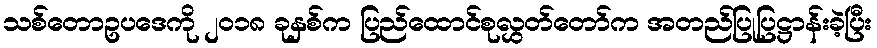
သစ်တောဥပဒေကို ၂၀၁၈ ခုနှစ်က ပြည်ထောင်စုလွှတ်တော်က အတည်ပြုပြဋ္ဌာန်းခဲ့ပြီး